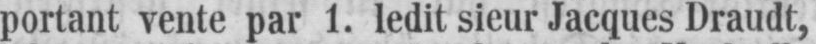
portant vente par 1. ledit sieur Jacques Draudt,